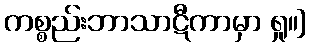
ကစ္စည်းဘာသာဋီကာမှာ ရှု။]